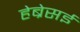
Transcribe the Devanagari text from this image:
हेब्रेसई